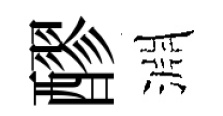
醪淵